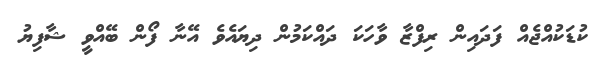
ކުޑަކުއްޖެއް ފަދައިން ރިފްޒާ ވާހަކަ ދައްކަމުން ދިޔައެވެ އޭނާ ފޯން ބޭއްވީ ޝާފިޔު